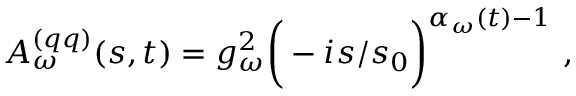
A _ { \omega } ^ { ( q q ) } ( s , t ) = g _ { \omega } ^ { 2 } \bigg ( - i { s / s _ { 0 } } \bigg ) ^ { \alpha _ { \omega } ( t ) - 1 } \ ,